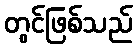
တွင်ဖြစ်သည်